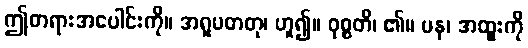
ဤတရားအပေါင်းကို။ အရူပဓာတု၊ ဟူ၍။ ဝုစ္စတိ၊ ၏။ ပန၊ အထူးကို